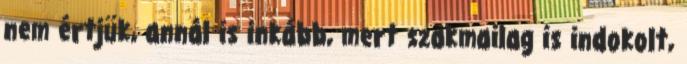
nem értjük, annál is inkább, mert szakmailag is indokolt,